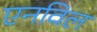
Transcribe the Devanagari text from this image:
एनविल